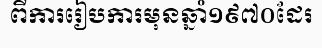
ពីការរៀបការមុនឆ្នាំ១៩៧០ដែរ